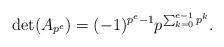
\begin{align*}\det(A_{p^e}) = (-1)^{p^e-1} p^{\sum_{k=0}^{e-1}p^{k}}. \end{align*}